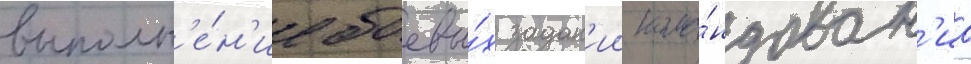
выполн'е́н'ие боевы́х задан'ии кома́ндован'иа